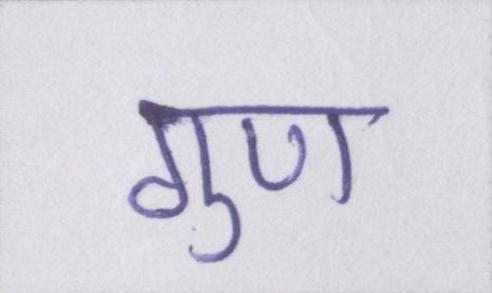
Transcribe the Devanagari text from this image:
गुण